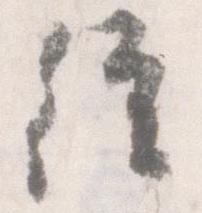
従